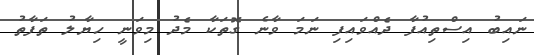
ނައިބު އިސްތިއުފާ ދެއްވައިފި ނަމަ ވާނެ ގޮތަކާ މެދު މިވަނީ ހިޔާލު ތަފާތު